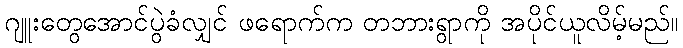
ဂျူးတွေအောင်ပွဲခံလျှင် ဖရောက်က တဘားရွာကို အပိုင်ယူလိမ့်မည်။